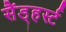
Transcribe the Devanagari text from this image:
सैंड्हर्स्ट